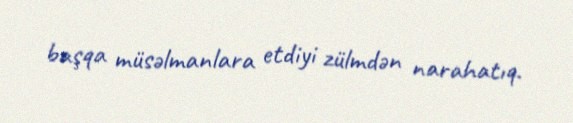
başqa müsəlmanlara etdiyi zülmdən narahatıq.